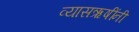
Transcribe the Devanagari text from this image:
व्यासऋषींनी